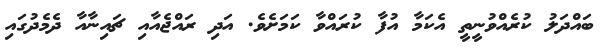
ބައްދަލު ކުރެއްވުނީތީ އެކަމާ އުފާ ކުރައްވާ ކަމަށެވެ. އަދި ރައްޖެއާއި ޗައިނާއާ ދެމެދުގައި